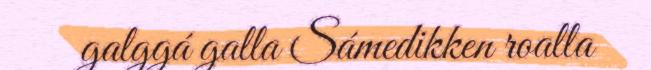
galggá galla Sámedikken roalla